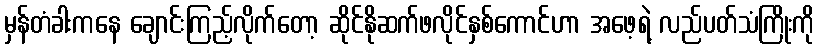
မှန်တံခါးကနေ ချောင်းကြည့်လိုက်တော့ ဆိုင်နိုဆက်ဖလိုင်နှစ်ကောင်ဟာ အဖေ့ရဲ့ လည်ပတ်သံကြိုးကို